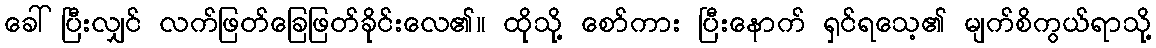
ခေါ်ပြီးလျှင် လက်ဖြတ်ခြေဖြတ်ခိုင်းလေ၏။ ထိုသို့ စော်ကား ပြီးနောက် ရှင်ရသေ့၏ မျက်စိကွယ်ရာသို့